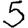
Digit: 5